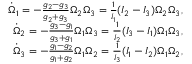
\begin{array} { r } { \dot { \Omega } _ { 1 } = - \frac { g _ { 2 } - g _ { 3 } } { g _ { 2 } + g _ { 3 } } \Omega _ { 2 } \Omega _ { 3 } = \frac { 1 } { I _ { 1 } } ( I _ { 2 } - I _ { 3 } ) \Omega _ { 2 } \Omega _ { 3 } , } \\ { \dot { \Omega } _ { 2 } = - \frac { g _ { 3 } - g _ { 1 } } { g _ { 3 } + g _ { 1 } } \Omega _ { 1 } \Omega _ { 3 } = \frac { 1 } { I _ { 2 } } ( I _ { 3 } - I _ { 1 } ) \Omega _ { 1 } \Omega _ { 3 } , } \\ { \dot { \Omega } _ { 3 } = - \frac { g _ { 1 } - g _ { 2 } } { g _ { 1 } + g _ { 2 } } \Omega _ { 1 } \Omega _ { 2 } = \frac { 1 } { I _ { 3 } } ( I _ { 1 } - I _ { 2 } ) \Omega _ { 1 } \Omega _ { 2 } , } \end{array}